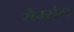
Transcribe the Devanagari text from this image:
सैम्संग